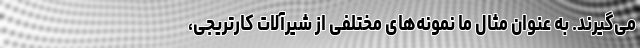
می‌گیرند. به عنوان مثال ما نمونه‌های مختلفی از شیرآلات کارتریجی،